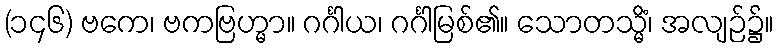
(၁၄၆) ဗကေ၊ ဗကဗြဟ္မာ။ ဂင်္ဂါယ၊ ဂင်္ဂါမြစ်၏။ သောတသ္မိံ၊ အလျဉ်၌။